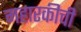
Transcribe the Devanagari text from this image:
महारकीची